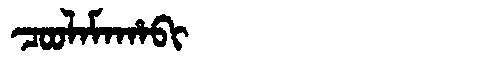
Manchu: ᠴᠣᠣᠯᠠᠮᠠᡥᠠᠪᡳ
Romanization: COOLAMAHABI